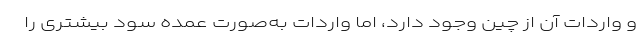
و واردات آن از چین وجود دارد، اما واردات به‌صورت عمده سود بیشتری را